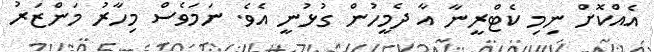
އެއްކޮށް ނިމި ކެޓްރީނާ އާ ދެމީހުން ގުޅުނީ އެވެ. ނަމަވެސް މިހާރު މަންޒަރު